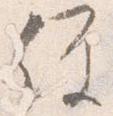
経